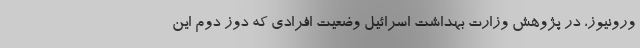
ورونیوز، در پژوهش وزارت بهداشت اسرائیل وضعیت افرادی که دوز دوم این